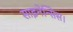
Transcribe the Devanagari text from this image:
साइनेन्सिस।